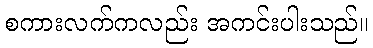
စကားလက်ကလည်း အကင်းပါးသည်။